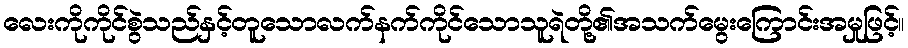
လေးကိုကိုင်စွဲသည်နှင့်တူသောလက်နက်ကိုင်သောသူရဲတို့၏အသက်မွေးကြောင်းအမှုဖြင့်။